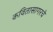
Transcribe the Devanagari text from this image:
कवितासागरचे